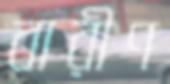
বারীণ